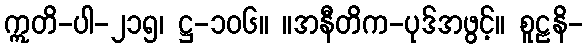
ဣတိ-ပါ-၂၁၅၊ ဋ္ဌ-၁၀၆။ ။အနီတိက-ပုဒ်အဖွင့်။ စူဠနိ-